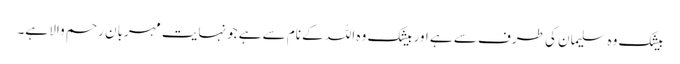
بیشک وہ سلیمان کی طرف سے ہے اور بیشک وہ اللہ کے نام سے ہے جونہایت مہربان رحم والا ہے۔